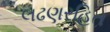
લઢણરહિત